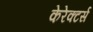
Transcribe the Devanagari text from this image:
केरेक्टर्स